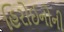
હિરોઈનોની